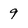
Character: 9